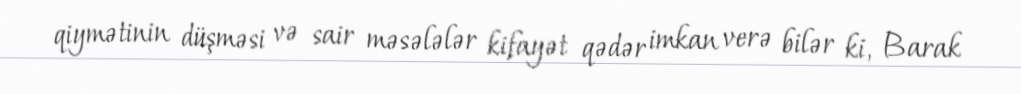
qiymətinin düşməsi və sair məsələlər kifayət qədər imkan verə bilər ki, Barak